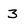
Character: 3